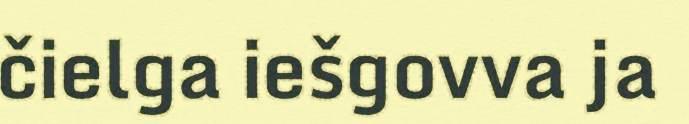
čielga iešgovva ja